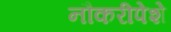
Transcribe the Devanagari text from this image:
नौकरीपेशे